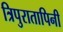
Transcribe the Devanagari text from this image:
त्रिपुरातापिनी